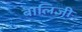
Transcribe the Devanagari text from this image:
बालिजी